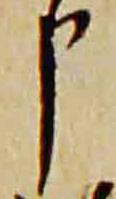
申